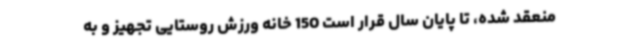
منعقد شده، تا پایان سال قرار است 150 خانه ورزش روستایی تجهیز و به